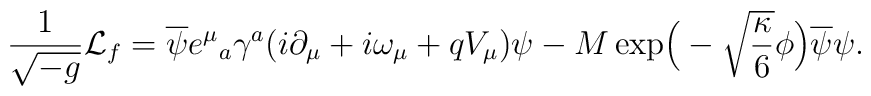
\frac{1}{\sqrt{-g}}{\cal L}_f=\overline{\psi} e^\mu{}_a\gamma^a(i\partial_\mu +i\omega_{\mu}+qV_\mu)\psi-M\exp\!\Big(-\sqrt{\frac{\kappa}{6}}\phi\Big)\overline{\psi}\psi.